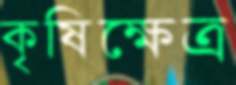
কৃষিক্ষেত্র